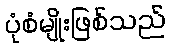
ပုံစံမျိုးဖြစ်သည်